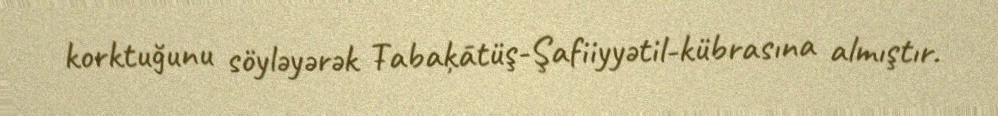
korktuğunu söyləyərək Ŧabaķātüş-Şafiiyyətil-kübrasına almıştır.